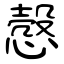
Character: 慤